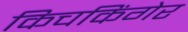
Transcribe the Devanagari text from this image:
किचकिंगेर